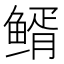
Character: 𩾊